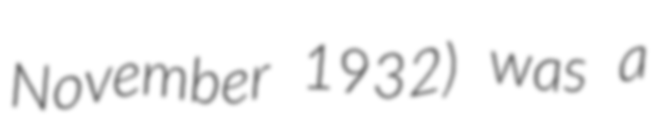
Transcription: November 1932) was a